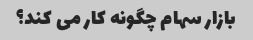
بازار سهام چگونه کار می کند؟